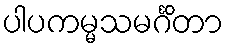
ပါပကမ္မသမင်္ဂိတာ